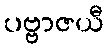
ပဗ္ဗာဇယီ